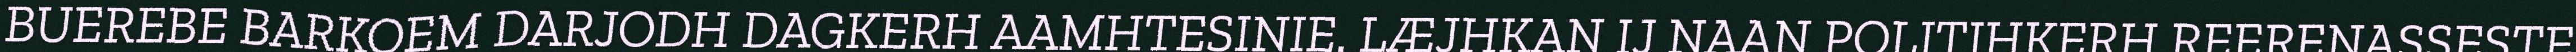
BUEREBE BARKOEM DARJODH DAGKERH AAMHTESINIE. LÆJHKAN IJ NAAN POLITIHKERH REERENASSESTE